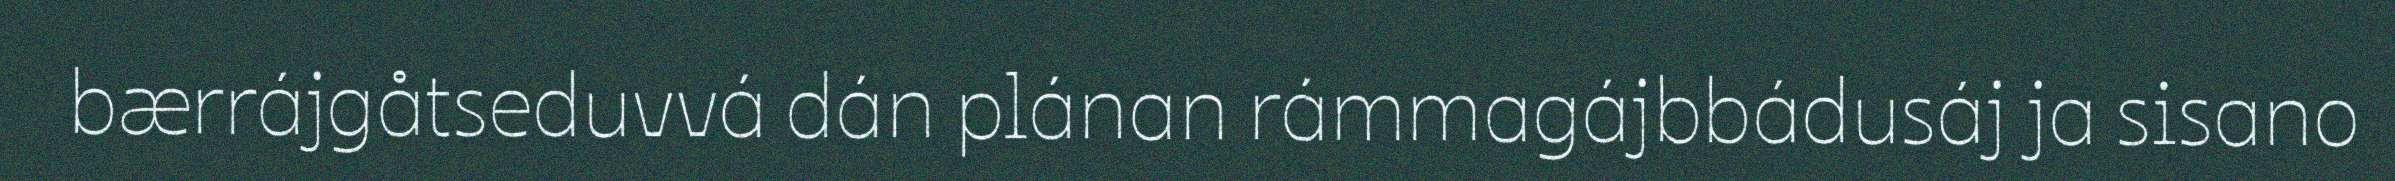
bærrájgåtseduvvá dán plánan rámmagájbbádusáj ja sisano